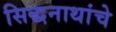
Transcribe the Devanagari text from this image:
सिद्धनाथांचे